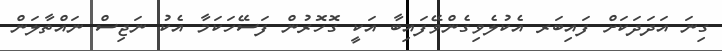
ގިިނަ އަދަދަކަށް ފައިބަރ އެކުލެވިގެންވޭފައިބާ އަކީ ގޮހޮރުން ފަސޭހަކަމާ އެކު ނަޖިސް ނައްތާލަން